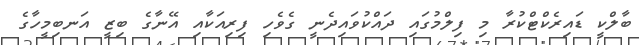
ބާލްކީ ޑައިރެކްޓްކުރާ މި ފިލްމުގައި ދައްކުވައިދެނީ ގެވެހި ފިރިއަކާއި އޭނާގެ ބިޒީ އަނބިމީހާގެ